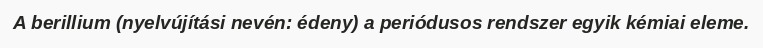
A berillium (nyelvújítási nevén: édeny) a periódusos rendszer egyik kémiai eleme.